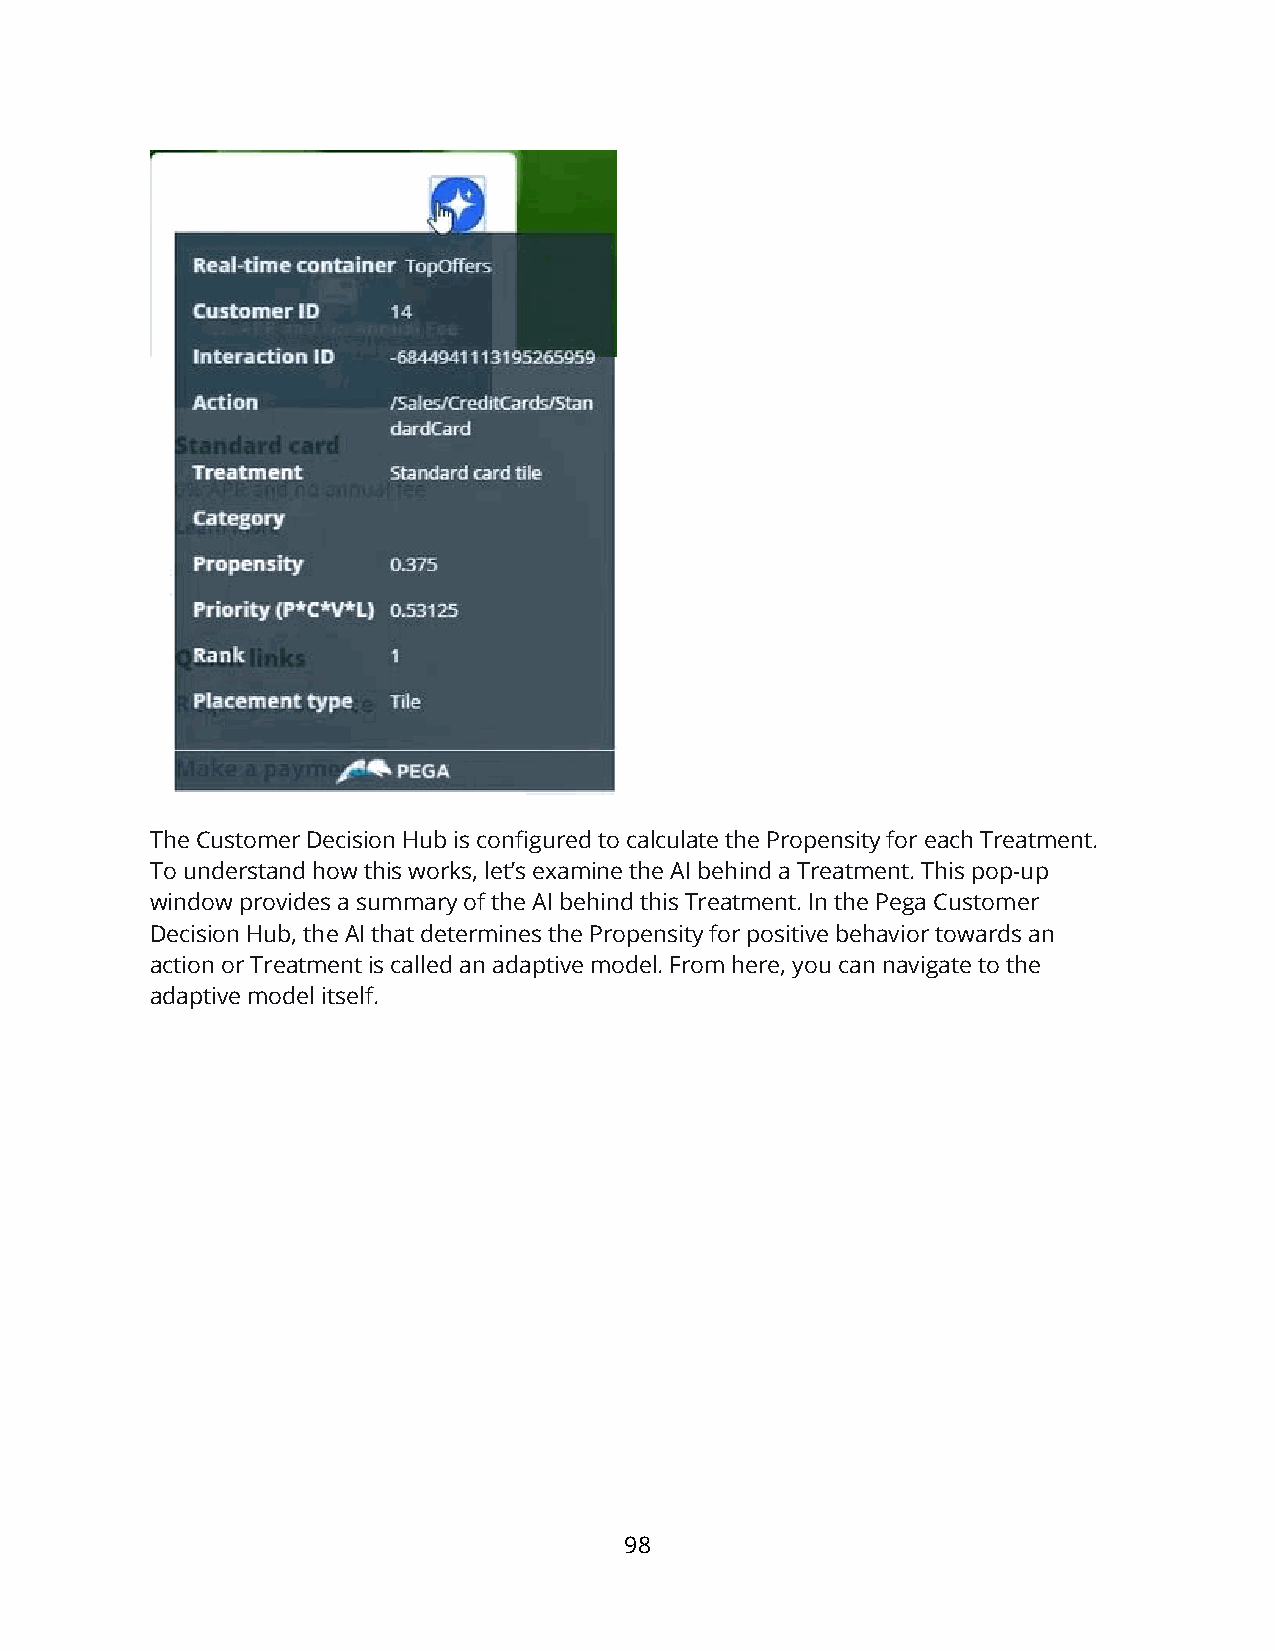
The Customer Decision Hub is configured to calculate the Propensity for each Treatment.
 To understand how this works, let’s examine the AI behind a Treatment. This pop-up
 window provides a summary of the AI behind this Treatment. In the Pega Customer
 Decision Hub, the AI that determines the Propensity for positive behavior towards an
 action or Treatment is called an adaptive model. From here, you can navigate to the
 adaptive model itself.
 98